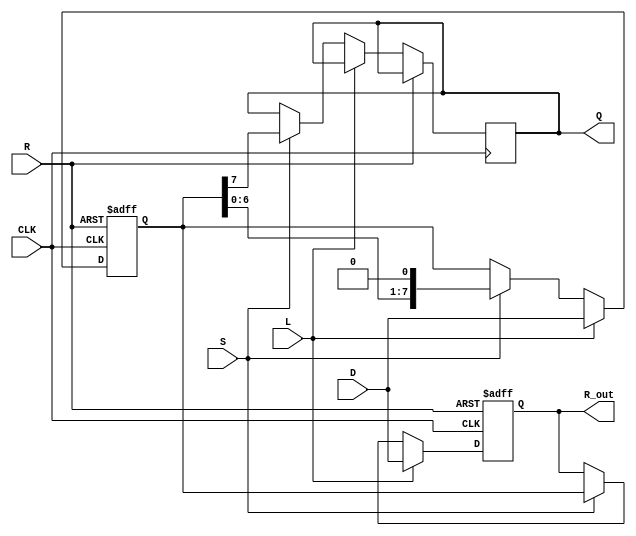
module PISO_Register #(
    parameter WIDTH = 8  // Define the width of the register
)(
    input  wire [WIDTH-1:0] D,   // Data input
    input  wire L,                // Load signal
    input  wire S,                // Shift signal
    input  wire CLK,              // Clock signal
    input  wire R,                // Reset signal
    output reg  Q,                // Serial output
    output reg [WIDTH-1:0] R_out  // Full register output
);

// Internal register to hold data
reg [WIDTH-1:0] register;

// Asynchronous reset and loading logic
always @(posedge CLK or posedge R) begin
    if (R) begin
        // Reset logic
        register <= {WIDTH{1'b0}}; // Clear all bits
        R_out <= {WIDTH{1'b0}};     // Clear full register output
    end else if (L) begin
        // Load data into the register
        register <= D;
        R_out <= D; // Update full register output
    end else if (S) begin
        // Shift operation
        R_out <= register; // Update full register output before shifting
        Q <= register[WIDTH-1]; // Shifting out the MSB
        register <= {register[WIDTH-2:0], 1'b0}; // Shift left and add a 0
    end
end

endmodule